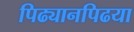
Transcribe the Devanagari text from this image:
पिढ्यानपिढया